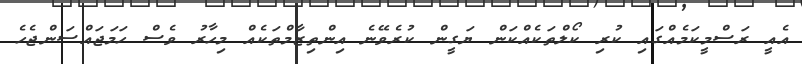
އެއީ ރަސްމީކަމެއްގައި ކުރި ކޯލްތަކެއްކަން ޔަގީން ކުރެވޭނެ އިންތިޒާމްތަކެއް މިހާރު ވެސް ހަމަޖައްސަންޖެހެ